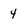
Character: 4